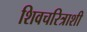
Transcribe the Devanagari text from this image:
शिवचरित्राशी